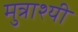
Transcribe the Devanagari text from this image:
मुत्राश्यी